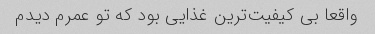
واقعا بی کیفیت‌ترین غذایی بود که تو عمرم دیدم